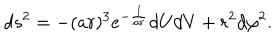
LaTeX: d s ^ { 2 } = - ( a r ) ^ { 3 } e ^ { - \frac { 1 } { a r } } d U d V + r ^ { 2 } d \varphi ^ { 2 } .